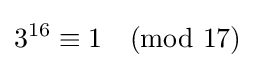
3^{16}\equiv 1{\pmod {17}}